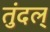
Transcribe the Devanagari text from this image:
तुंदल्